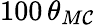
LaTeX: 100\, \theta_{M\mathcal{C}}